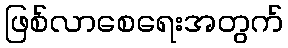
ဖြစ်လာစေရေးအတွက်